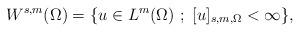
LaTeX: \begin{align*}W^{s,m}(\Omega) &= \{ u \in L^{m}(\Omega)\ ; \,\, [ u ]_{s,m,\Omega} < \infty \}, \end{align*}